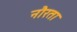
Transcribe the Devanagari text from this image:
नौरता